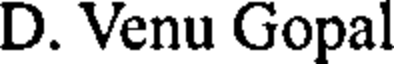
D. Venu Gopal